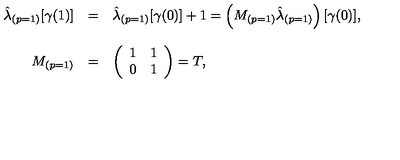
\begin{array} { r c l } { \hat { \lambda } _ { ( p = 1 ) } [ \gamma ( 1 ) ] } & { = } & { \hat { \lambda } _ { ( p = 1 ) } [ \gamma ( 0 ) ] + 1 = \left( M _ { ( p = 1 ) } \hat { \lambda } _ { ( p = 1 ) } \right) [ \gamma ( 0 ) ] , } \\ { } & { } & { } \\ { M _ { ( p = 1 ) } } & { = } & { \left( \begin{array} { c c } { 1 } & { 1 } \\ { 0 } & { 1 } \\ \end{array} \right) = T , } \\ \end{array}